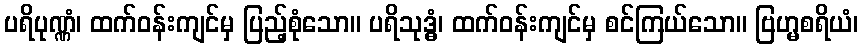
ပရိပုဏ္ဏံ၊ ထက်ဝန်းကျင်မှ ပြည့်စုံသော။ ပရိသုဒ္ဓံ၊ ထက်ဝန်းကျင်မှ စင်ကြယ်သော။ ဗြဟ္မစရိယံ၊